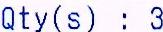
QTY(S) : 3